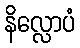
နိလ္လောပံ